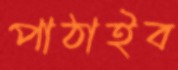
পাঠাইব